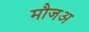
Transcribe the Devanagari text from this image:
मौजअ